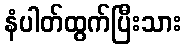
နံပါတ်ထွက်ပြီးသား